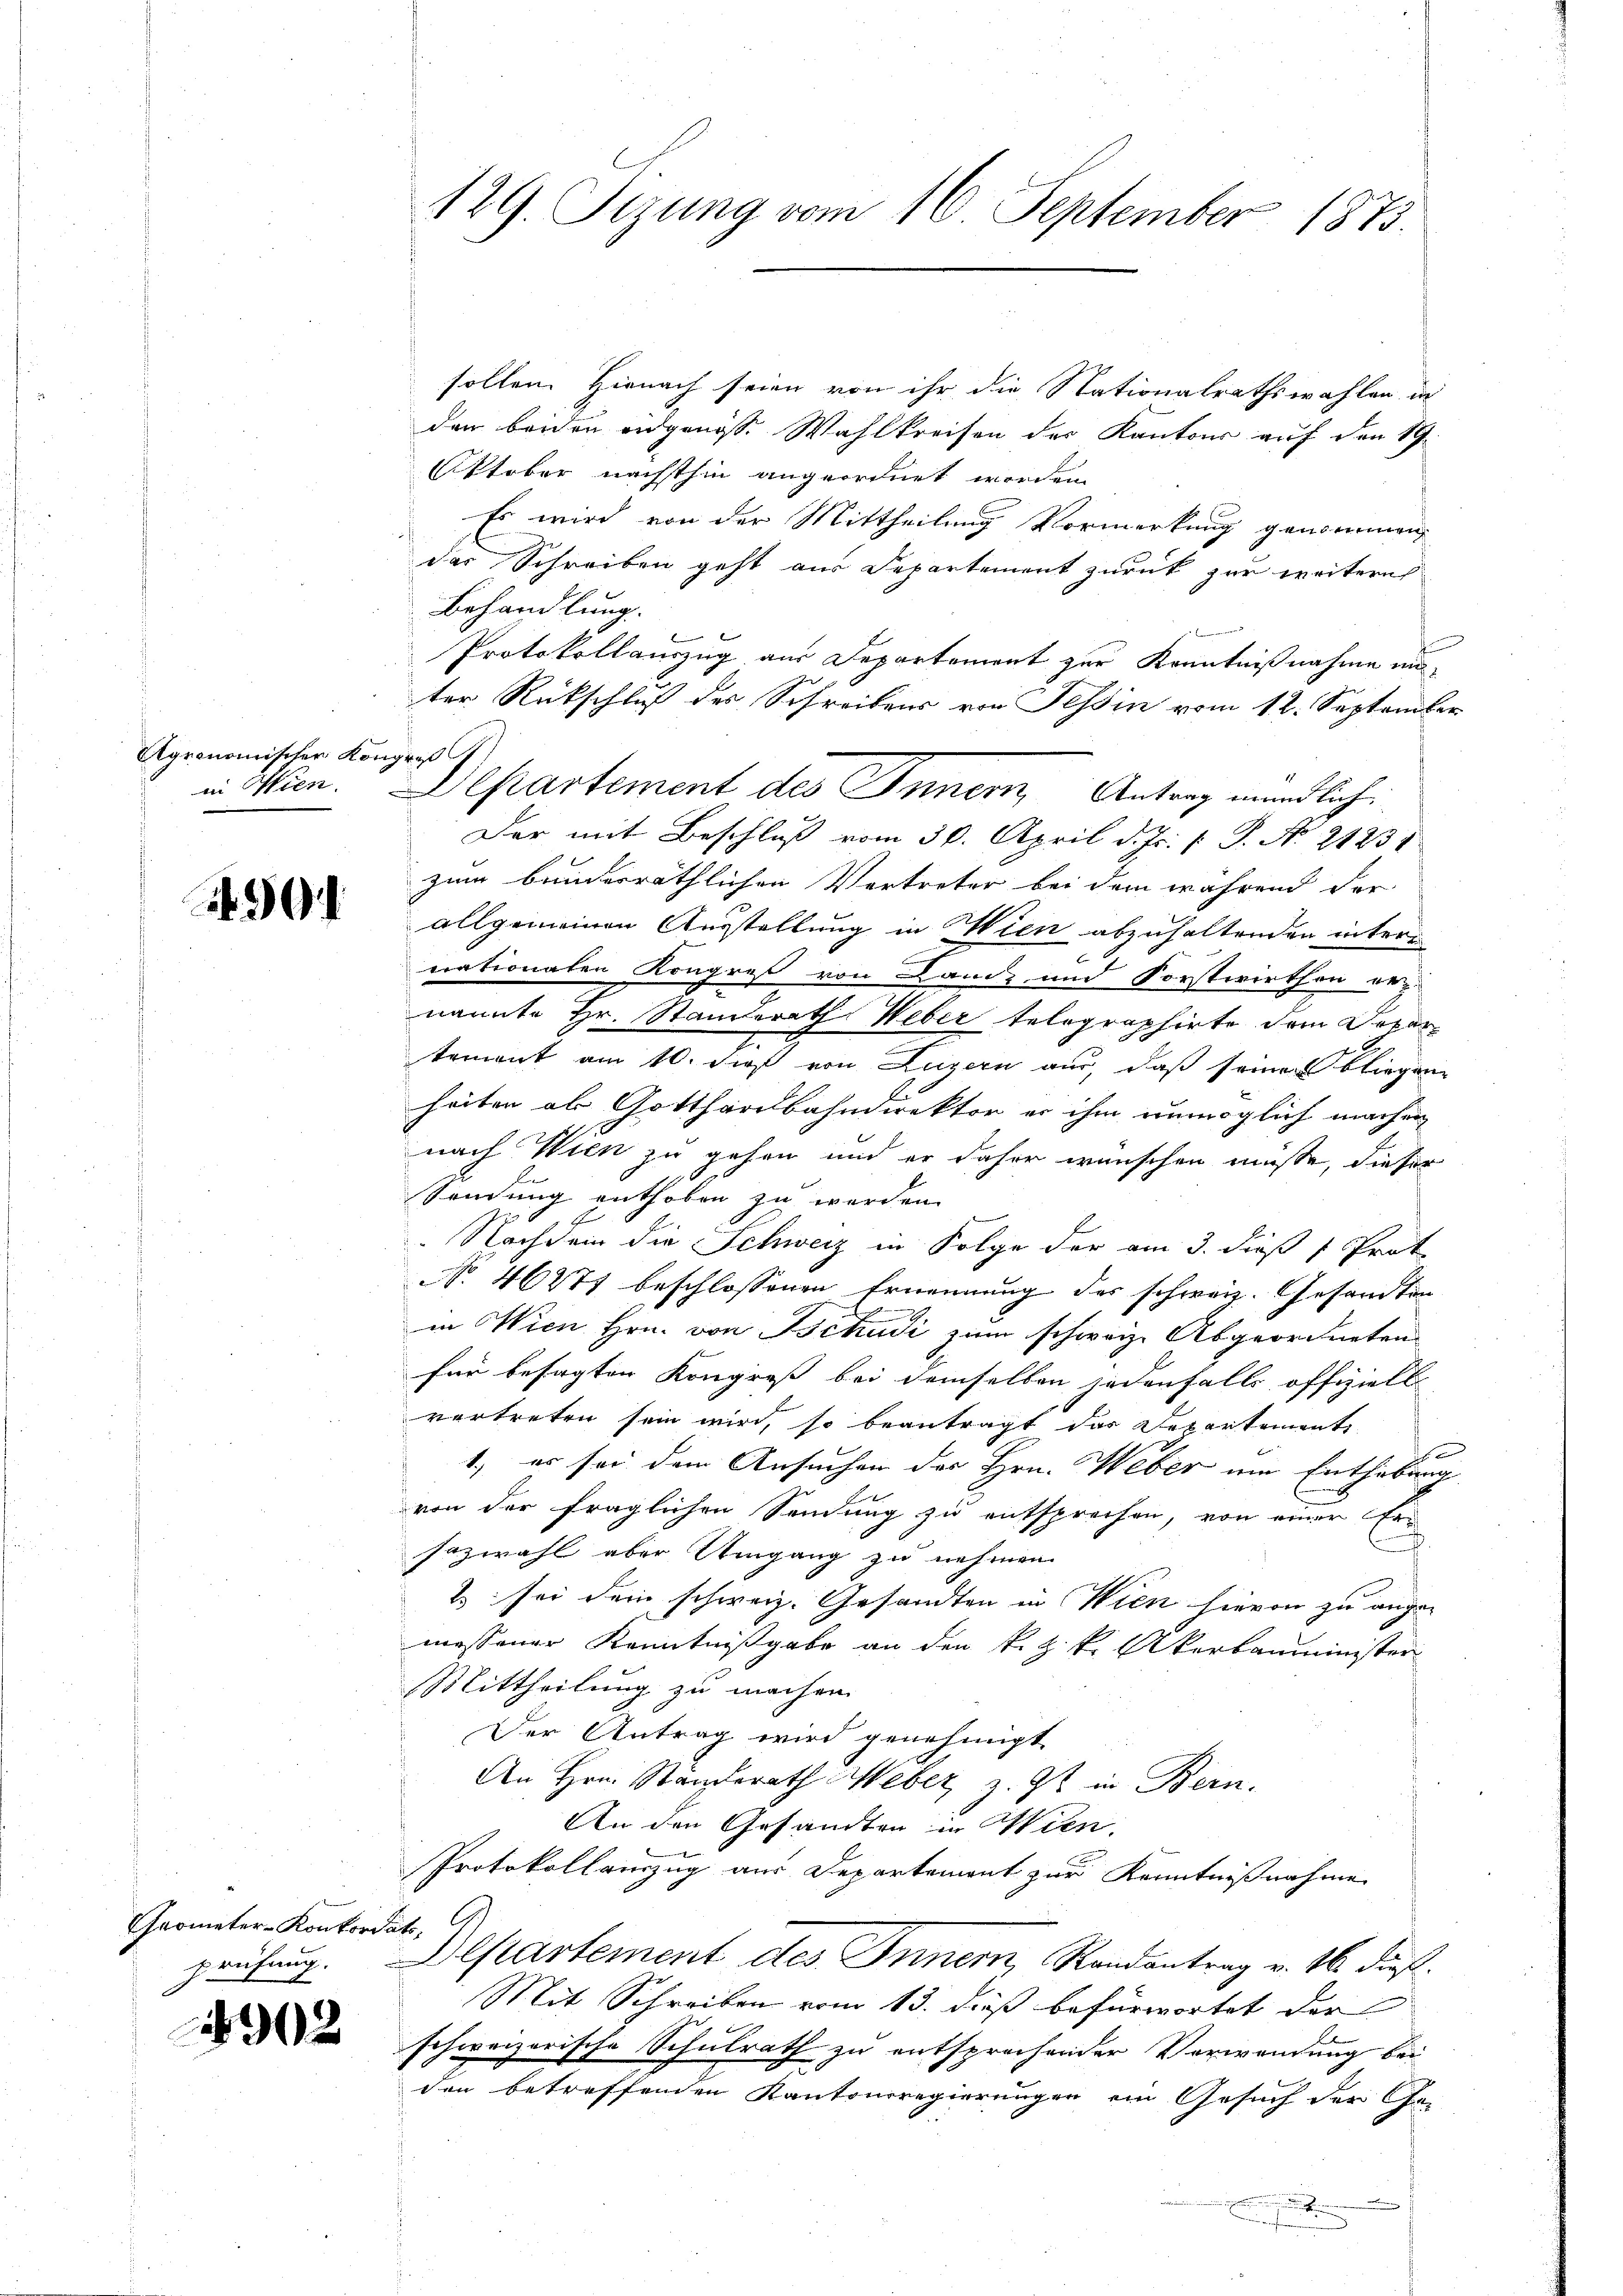
Agronomischen Kongres
in Wien.

39.

902

Chrometer-Konkordat,

sollen. Hienach seien von ihr die Nationalrathswahlen in
den beiden angenosse Wahlkreisen der Kantons auf den 19.
Oktober nächsthin angeordnet worden,
Es wird von der Mittheilung Vormerkung genommen,
das Schreiben geht aus Departement zurück zur weiteres
Behandlung.
Protokollauszug aus Departement zur Kenntnißnahme einter Rückschluß des Schreibens von Tessin vom 12. September
Der mit Beschluß vom 30. April d. Js. v. P. Nr. 21231
zum bunderräthlichen Vertreter bei dem während der
allgemeinen Ausstellung in Wien abzuhaltenden inter
nationaten Kongreß von Lanz und Forstwirthon ernannte Hr. Standerath Weber telegraphirte dem Depar
tement am 10. dieß von Luzern aus, daß seiner bliegen
heiten als Gotthardbahndirektor er ihm unmöglich machen
nach Wien zu gehen und er daher wünschen müsse, dieser
Sendung enthoben zu werden.
 Nachdem die Schweiz in Folge der am 3. dieß Prot
N. 46271 beschlossenen Ernennung des schweiz. Gesandten
in Wien Hrn. von Tschudi zum schweiz. Abgeordneten
für besagten Kongreß bei demselben jedenfalls offiziell
vertreten sein wird, so beantragt das Departement
x
1.) es sei dem Ansuchen des Hrn. Weber um Enthebung
von der fraglichen Sendung zu entsprechen, von einer Ersazwahl aber Umgang zu nehmen.
2 sei dem schweiz. Gesandten in Wien hievon zu ange-
messener Kenntnißgabe an den k. k. k. Akerbauminister
Mittheilung zu machen.
Der Antrag wird genehmigt
An Hrn. Ständerath Weber z. Zt. in Bein.
An den Gesandten in Wien.
Protokollamzug aus Departement zur Kenntnißnahme
prüfung. Departement des Inner, Randantrag v. 16. dieß
Mit Schreiben vom 13. dieß befürwortet der
schweizerische Schulrath zu entsprechender Verwendung bei
den betreffenden Kantonsregierungen ein Gesuch der Ge-
.

129. Sizung vom 16. September 1873.

Departement des Innern, Antrag mündlich